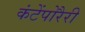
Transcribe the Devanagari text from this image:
कंटेंपोरैरी